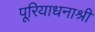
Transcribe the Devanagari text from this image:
पूरियाधनाश्री